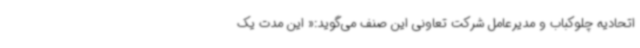
اتحادیه چلوکباب و مدیرعامل شرکت تعاونی این صنف می‌گوید:« این مدت یک